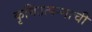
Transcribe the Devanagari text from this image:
कृषिउत्पन्नाची